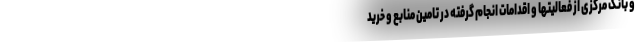
و بانک مرکزی از فعالیتها و اقدامات انجام گرفته در تامین منابع و خرید